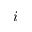
i